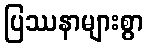
ပြဿနာများစွာ